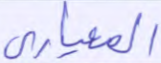
المعياري